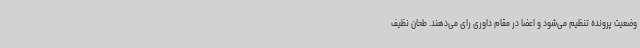
وضعیت پرونده تنظیم می‌شود و اعضا در مقام داوری رای می‌دهند. طحان نظیف